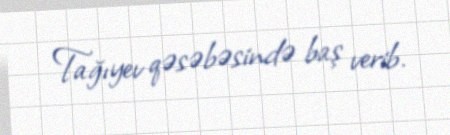
Tağıyev qəsəbəsində baş verib.